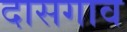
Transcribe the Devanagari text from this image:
दासगाव